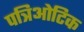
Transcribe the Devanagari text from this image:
पत्रिओटिक